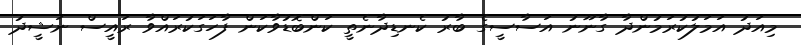
މިއަދު އަމަލުކުރަމުންދާ ގާނޫނު އަސާސީގެ ބާރު ކެނޑިދާނެތީ ކަންބޮޑުވާކަން ފާހަގަކުރައްވާ ރައީސް ނަޝީދު